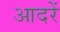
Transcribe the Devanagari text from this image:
आदरें